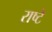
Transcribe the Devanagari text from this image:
राष्टे